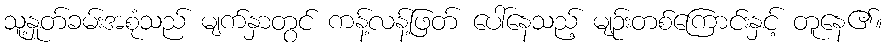
သူ့နှုတ်ခမ်းအစုံသည် မျက်နှာတွင် ကန့်လန့်ဖြတ် ပေါ်နေသည့် မျဉ်းတစ်ကြောင်းနှင့် တူနေ၏။